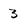
Character: 3